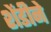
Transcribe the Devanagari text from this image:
शेंडीने